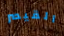
القيصر